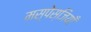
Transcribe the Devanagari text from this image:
मस्पेस्जियाँ